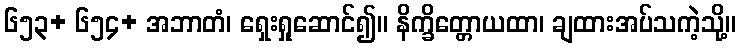
၆၅၃+ ၆၅၄+ အဘာတံ၊ ရှေးရှုဆောင်၍။ နိက္ခိတ္တောယထာ၊ ချထားအပ်သကဲ့သို့။